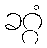
ခဂ္ဂံ